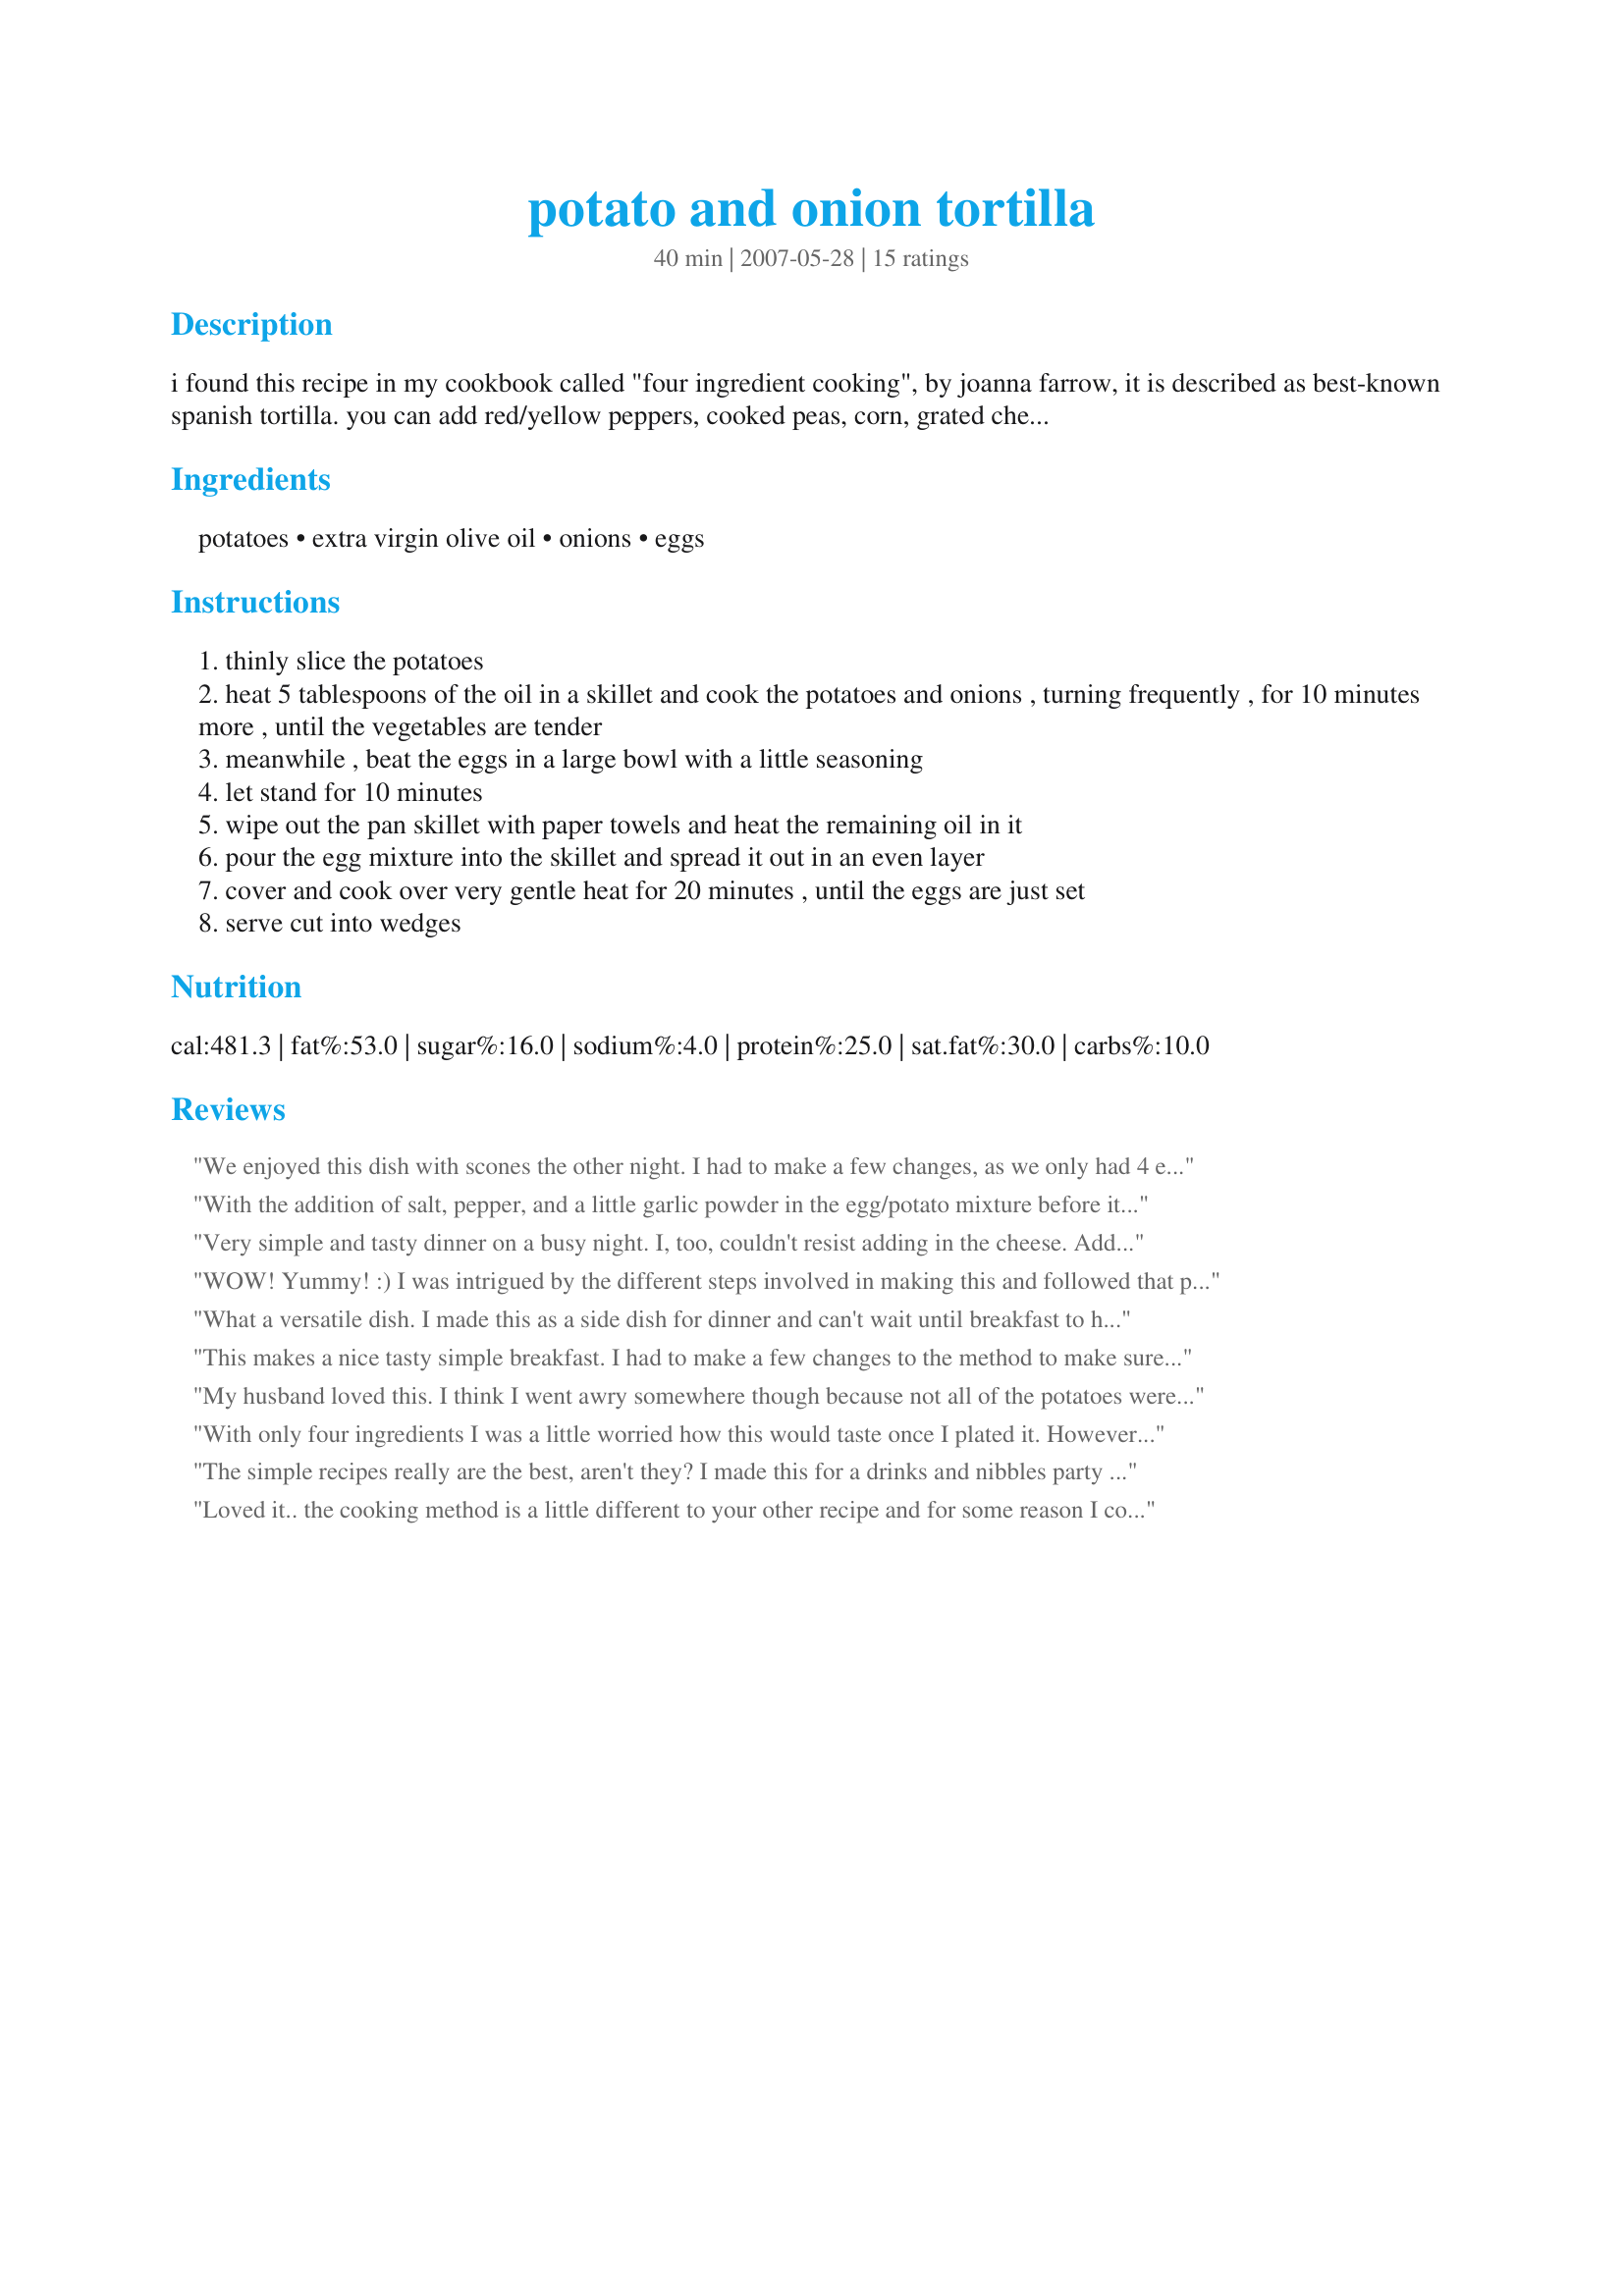
potato and onion tortilla
Preparation time: 40 minutes

i found this recipe in my cookbook called "four ingredient cooking", by joanna farrow, it is described as best-known spanish tortilla. you can add red/yellow peppers, cooked peas, corn, grated cheddar or swiss cheese into the mixture in step 2, if you like, and season to taste with salt, pepper and any herbs.

Ingredients:
potatoes, extra virgin olive oil, onions, eggs

Steps:
thinly slice the potatoes
heat 5 tablespoons of the oil in a skillet and cook the potatoes and onions , turning frequently , for 10 minutes more , until the vegetables are tender
meanwhile , beat the eggs in a large bowl with a little seasoning
let stand for 10 minutes
wipe out the pan skillet with paper towels and heat the remaining oil in it
pour the egg mixture into the skillet and spread it out in an even layer
cover and cook over very gentle heat for 20 minutes , until the eggs are just set
serve cut into wedges

Reviews:
We enjoyed this dish with scones the other night. I had to make a few changes, as we only had 4 eggs. I put some more potatoes in the recipe because we ate it as the main dish. This resulted in a nice dish, but we would have preferred it with more egg. It took a lot longer to cook because of the extra potatoes. The flavour was quite nice, but also quite mild- I would add a couple more flavours next time. Made for the Genies of Gourmet ZWT5- thanks for posting.
With the addition of salt, pepper, and a little garlic powder in the egg/potato mixture before it cooks, this is a 4. I cooked the onions with the potatoes, and am glad I did. Next time I might cook the onions for a few minutes before adding the potatoes so that they end up caramalizing. Make sure the pan is clean before putting the egg/potato mixture in-- if you do this, and use enough oil, even with a regular stainless steel pan you can get it to come out all in one nice piece.
Very simple and tasty dinner on a busy night. I, too, couldn't resist adding in the cheese. Added a few grinds of garlic/pepper blend and some mushrooms I had on hand. Really nice! Made for ZWT family pick, Daffy Daffodils
WOW! Yummy! :) I was intrigued by the different steps involved in making this and followed that part of the recipe exactly but, as someone who's not good at following recipes exactly, I did have to add a few ingredients - that's surely one of the joys of a recipe with few ingredients, the scope it offers for adding one's own favourite ingredients. I added sliced mushrooms, minced garlic and rosemary, sage and thyme and some freshly ground black pepper. My rosemary and sage blend had salt in it. We thoroughly enjoyed this dish with Recipe #186317 and it's one I'll certainly be making again. Thank you for sharing it, diner524. Made for ZWT 5.
What a versatile dish. I made this as a side dish for dinner and can't wait until breakfast to have leftovers. I threw some grated cheddar cheese on top to melt and used Montreal Steak seasoning in it. Next time I will use some fresh thyme. Thanks for posting diner524. Made for ZWT5
This makes a nice tasty simple breakfast. I had to make a few changes to the method to make sure it came out well for me. I parboiled the potatoes before stir frying. Also I always have trouble getting eggs to set in dishes like this so I put in under the broiler with some cheese on top to finish it. Will definitely make it again with other variations. The bell peppers sounds like a great idea.
My husband loved this. I think I went awry somewhere though because not all of the potatoes were cooked thoroughly. We added red bell pepper, broccoli, green onions, and soy cheese.
With only four ingredients I was a little worried how this would taste once I plated it. However, the flavors really shine through simply and beautifully. I'm still not sure the point of adding the mostly cooked potatoes to the egg mixture and letting it sit for ten minutes but I did it this time. Not sure that I will do it again.
The simple recipes really are the best, aren't they? I made this for a drinks and nibbles party and cut this into cubes, and it was very popular. Very simple to cook and easy to follow instructions. Thanks for sharing - made for ZWT5.
Loved it.. the cooking method is a little different to your other recipe and for some reason I couldn't manage to turn it over without it breaking up completely, so it was slightly messier looking but the taste was still fine. I used far less olive oil as I have a brand new non-stick pan and a smidge of salt and pepper and about 2 tablespoons of Italian herbs, but followed the rest of the recipe exactly. Please see my rating system: an excellent 4 stars for a very tasty recipe. Thanks !
A simple recipe with great possibilities. I added cooked breakfast sausage. First, I put sour cream, salsa, jalapenos and mozzarella cheese on spinach tortillas. Then I added the potato mixture and rolled them up. Delicious and easy. Thanks for sharing.
Very good,we had this for dinner
This recipe was so easy & was just a delicious comfort food for breakfast. I had potatoes I wanted to use & did a search for potato breakfast recipes. I also had 1/2 each red & green bell pepper. The spices I added were a 1/2 teaspoon of marjoram & 1/2 teaspoon of celery salt. Plus a dash of fine ground sea salt & fresh ground black pepper to taste. I topped half with cheese for the two in the family that can eat it. It made a very pretty presentation & was very easy to cut into wedges for serving. We were pleasantly surprised that for being mostly potatos the flavor was very good. Thanks for posting, diner! I'll be making this one again in the future. :)
This was good! I suggest that you Flip the omelette over onto a large plate, then slide it back into the pan after 15 minutes of cooking. Brown the underside for a minute or two. Then remove the pan from the heat and leave to rest for a few minutes. Or bake in oven for throughour cooking. I added cheese to the top of mine.
Delicious! I added mushrooms and fried the mushrooms and onions with the potatoes. I did use seasonings - that's a plus! Will make this again and again. Thank you. ZWT3
